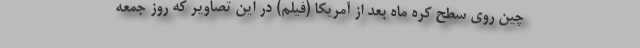
چین روی سطح کره ماه بعد از آمریکا (فیلم) در این تصاویر که روز جمعه